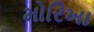
મોરિખા